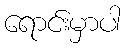
ရောင်းမှာပါ